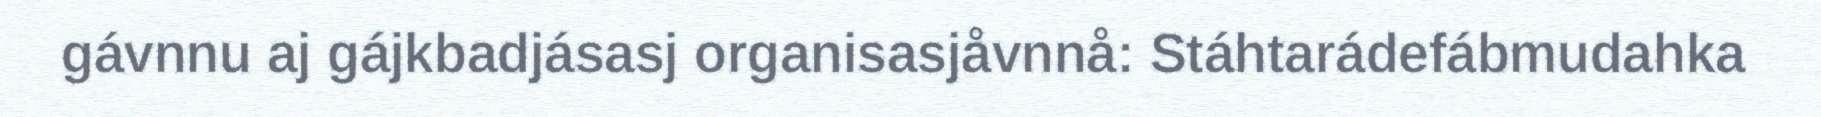
gávnnu aj gájkbadjásasj organisasjåvnnå: Stáhtarádefábmudahka